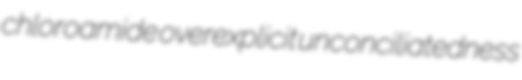
chloroamide overexplicit unconciliatedness